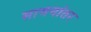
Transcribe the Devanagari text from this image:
सामनांतर